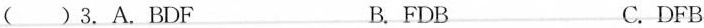
( )3.A. BDF B. FDB C. DFB